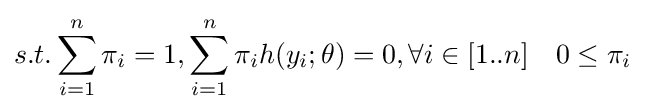
s.t.\sum _{i=1}^{n}\pi _{i}=1,\sum _{i=1}^{n}\pi _{i}h(y_{i};\theta )=0,\forall i\in [1..n]\quad 0\leq \pi _{i}